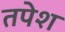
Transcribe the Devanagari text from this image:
तपेश